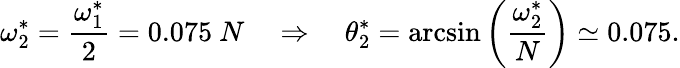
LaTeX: \omega_{2}^{*}=\frac{\omega_{1}^{*}}{2}=0.075~N~~~~\Rightarrow~~~~\theta_{2}^{*}=\arcsin\left(\frac{\omega_{2}^{*}}{N}\right)\simeq 0.075.